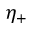
\eta _ { + }